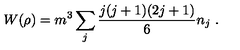
W { ( \rho ) } = m ^ { 3 } \sum _ { j } \frac { j ( j + 1 ) ( 2 j + 1 ) } { 6 } n _ { j } \ .